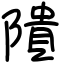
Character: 隤